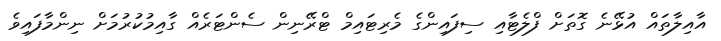
އާއިލާތައް އުޅޭނެ ގޮތަށް ފްލެޓާއި ސިފައިންގެ މެރިޓައިމް ޓްރޭނިން ސެންޓަރެއް ގާއިމުކުރުމަށް ނިންމާފައިވެ